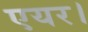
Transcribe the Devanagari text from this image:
एयर।